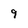
Character: 9